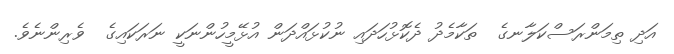
އަދި ތިމަންރަސްކަލާނގެ  ތަކާމެދު ދެކޮޅުހަދައި ނުކުޅައްދަން އުޅޭމީހުންނަކީ ނަރަކައިގެ  ވެރިންނެވެ.